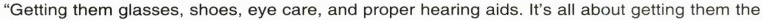
"Getting them glasses, shoes, eye care, and proper hearing aids. It's all about getting them the